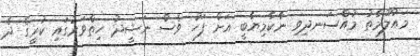
މައުލޫމާތު މުއްސަނދިވި ނާކާމިޔާބީ އަށް ފަހު ވެސް ނަޝީދު ހިތްވަރުގައި ކުރީގެ ދެ